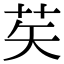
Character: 䒨